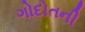
ગોદોતની